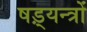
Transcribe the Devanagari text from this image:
षड़्यन्त्रों